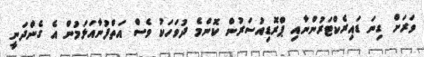
ވަރަށް ގިނަ ޑައިރެކްޓަރުންނާއި ޕްރޮޑިއުސަރުން ކޮންމެ ދުވަހަކު ވެސް އަތްފުނާއަޅަމުން އެ ގެންދަނީ